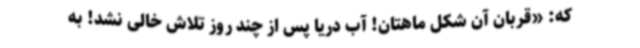
که: «قربان آن شکل ماهتان! آب دریا پس از چند روز تلاش خالی نشد! به